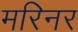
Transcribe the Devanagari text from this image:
मरिनर